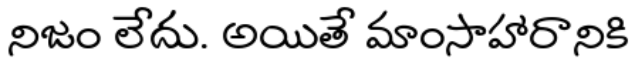
నిజం లేదు. అయితే మాంసాహారానికి